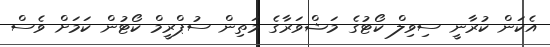
އެކަން ކުރާނީ ސިވިލް ކޯޓުގެ މަޝްވަރާގެ މަތިން ސުޕްރީމް ކޯޓުން ކަމަށް ވެސް